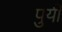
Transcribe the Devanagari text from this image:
पुयी